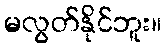
မလွတ်နိုင်ဘူး။